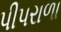
પીપરાળા